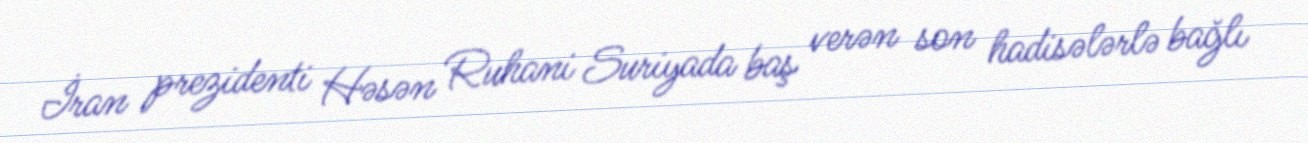
İran prezidenti Həsən Ruhani Suriyada baş verən son hadisələrlə bağlı